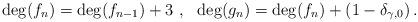
LaTeX: \begin{align*}\deg(f_n)=\deg(f_{n-1})+3\,\,,\,\,\,\,\deg(g_n)=\deg(f_n)+(1-\delta_{\gamma,0})\,.\end{align*}